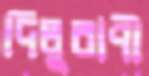
দিলুরাণী